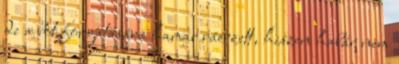
de a bot forgatására hamar ráérzett, hiszen habár nem